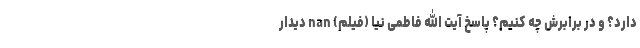
دارد؟ و در برابرش چه کنیم؟ پاسخ آیت الله فاطمی نیا (فیلم) nan دیدار